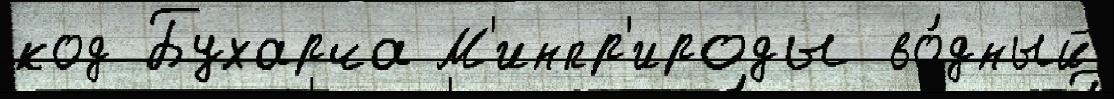
код Бухарча М'инпр'ироды во́дный